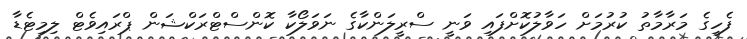
ފެހިގެ މަރާމާތު ކުރުމަށް ހަވާލުކޮށްފައި ވަނީ ސްރީލަންކާގެ ނަވަލޯކާ ކޮންސްޓްރަކްޝަން ޕްރައިވެޓް ލިމިޓެޑާ